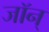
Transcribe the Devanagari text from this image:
जॉन्